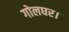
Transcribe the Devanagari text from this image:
गोलघर।